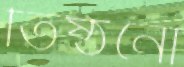
তিষ্ঠনো